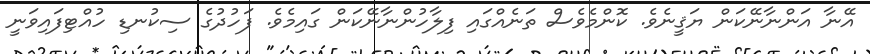
އޭނާ އަންނާނޭކަން ޔަޤީނެވެ. ކޮންމެވެސް ތަނެއްގައި ފިލާހުންނާނޭކަން ގައިމެވެ. ފަހުދުގެ ސިކުނޑި ހުއްޓިފައިވަނީ